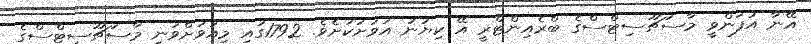
އޭނާ އުފަންވީ މާސަޗޫސިޓްސްގެެ ބްރެއިންޓްރީ އޭ ކިޔުނު އަވަށަކަށެވެ. 1792ގައި މިއަވަށްވަނީ މާސަޗޫސިޓްސްގެ